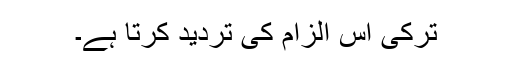
ترکی اس الزام کی تردید کرتا ہے۔